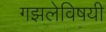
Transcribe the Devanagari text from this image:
गझलेविषयी